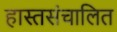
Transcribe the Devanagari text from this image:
हास्तसंचालित